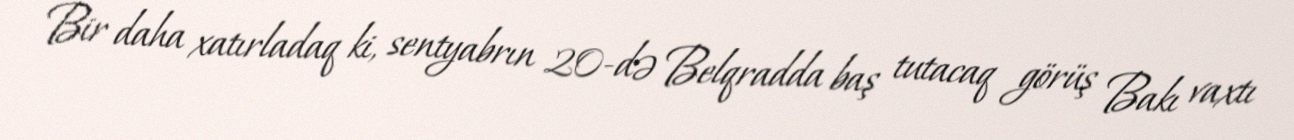
Bir daha xatırladaq ki, sentyabrın 20-də Belqradda baş tutacaq görüş Bakı vaxtı